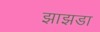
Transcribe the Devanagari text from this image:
झाझडा